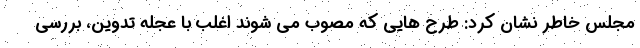
مجلس خاطر نشان کرد: طرح هایی که مصوب می شوند اغلب با عجله تدوین، بررسی